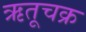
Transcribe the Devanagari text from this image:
ऋतूचक्र